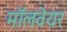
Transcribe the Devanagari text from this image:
मॉलवेयर